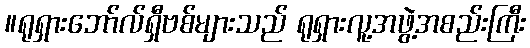
။ရုရှားဘော်လ်ရှီဗစ်များသည် ရုရှားလူ့အဖွဲ့အစည်းကြီး